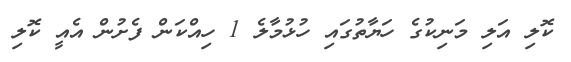
ކޮލި އަލި މަނިކުގެ ހަޔާތުގައި ހުޅުމާލެ 1 ހިއްކަން ފެށުން އެއީ ކޮލި